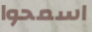
اسمحوا